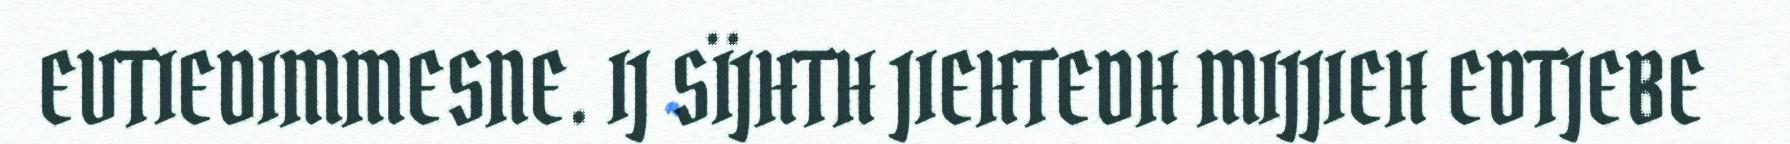
EVTIEDIMMESNE. IJ SÏJHTH JIEHTEDH MIJJIEH EDTJEBE